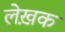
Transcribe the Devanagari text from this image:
लेख़क